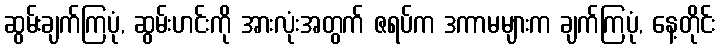
ဆွမ်းချက်ကြပုံ, ဆွမ်းဟင်းကို အားလုံးအတွက် ဇရပ်က ဒကာမများက ချက်ကြပုံ, နေ့တိုင်း